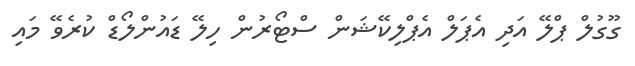
ގޫގުލް ޕްލޭ އަދި އެޕަލް އެޕްލިކޭޝަން ސްޓޯރުން ހިލޭ ޑައުންލޯޑް ކުރެވޭ މައި